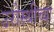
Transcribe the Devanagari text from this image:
उरोस्थीच्या